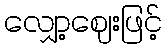
လျှော့ဈေးဖြင့်